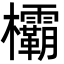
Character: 欛